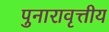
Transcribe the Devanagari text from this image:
पुनारावृत्तीय